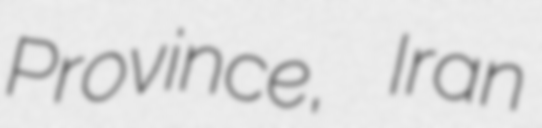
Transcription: Province, Iran